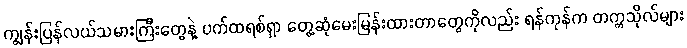
ကျွန်းပြန်လယ်သမားကြီးတွေနဲ့ ပက်ထရစ်ရှာ တွေ့ဆုံမေးမြန်းထားတာတွေကိုလည်း ရန်ကုန်က တက္ကသိုလ်များ